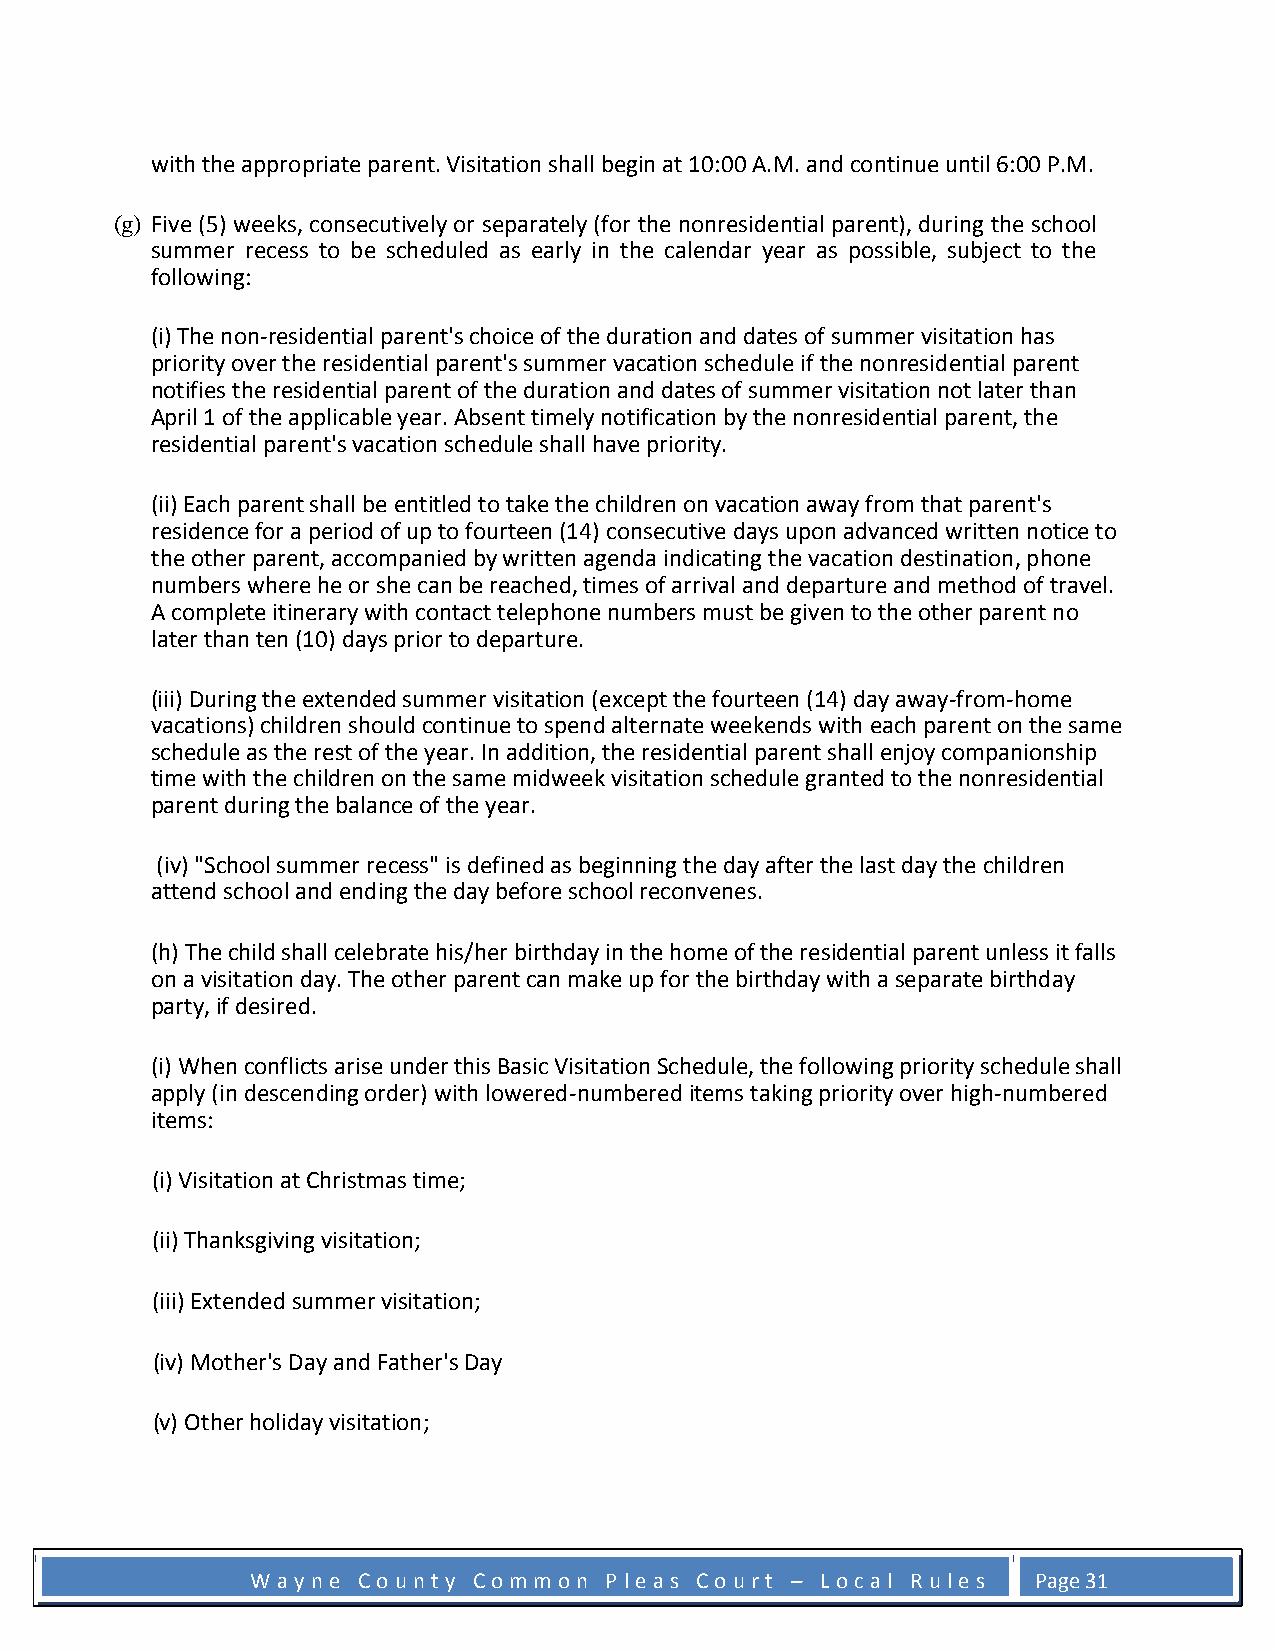
with the appropriate parent. Visitation shall begin at 10:00 A.M. and continue until 6:00 P.M.
 (g) Five (5) weeks, consecutively or separately (for the nonresidential parent), during the school
 summer recess to be scheduled as early in the calendar year as possible, subject to the
 following:
 (i) The non-residential parent's choice of the duration and dates of summer visitation has
 priority over the residential parent's summer vacation schedule if the nonresidential parent
 notifies the residential parent of the duration and dates of summer visitation not later than
 April 1 of the applicable year. Absent timely notification by the nonresidential parent, the
 residential parent's vacation schedule shall have priority.
 (ii) Each parent shall be entitled to take the children on vacation away from that parent's
 residence for a period of up to fourteen (14) consecutive days upon advanced written notice to
 the other parent, accompanied by written agenda indicating the vacation destination, phone
 numbers where he or she can be reached, times of arrival and departure and method of travel.
 A complete itinerary with contact telephone numbers must be given to the other parent no
 later than ten (10) days prior to departure.
 (iii) During the extended summer visitation (except the fourteen (14) day away-from-home
 vacations) children should continue to spend alternate weekends with each parent on the same
 schedule as the rest of the year. In addition, the residential parent shall enjoy companionship
 time with the children on the same midweek visitation schedule granted to the nonresidential
 parent during the balance of the year.
 (iv) "School summer recess" is defined as beginning the day after the last day the children
 attend school and ending the day before school reconvenes.
 (h) The child shall celebrate his/her birthday in the home of the residential parent unless it falls
 on a visitation day. The other parent can make up for the birthday with a separate birthday
 party, if desired.
 (i) When conflicts arise under this Basic Visitation Schedule, the following priority schedule shall
 apply (in descending order) with lowered-numbered items taking priority over high-numbered
 items:
 (i) Visitation at Christmas time;
 (ii) Thanksgiving visitation;
 (iii) Extended summer visitation;
 (iv) Mother's Day and Father's Day
 (v) Other holiday visitation;
 W a y n e C o u n t y C o m m o n P l e a s C o u r t – L o c a l R u l e s Page 31